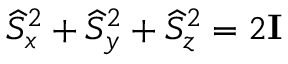
\widehat { S } _ { x } ^ { 2 } + \widehat { S } _ { y } ^ { 2 } + \widehat { S } _ { z } ^ { 2 } = 2 \mathbf { I }